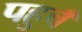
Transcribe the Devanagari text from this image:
पहुचँ